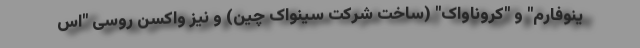
ینوفارم" و "کروناواک" (ساخت شرکت سینواک چین) و نیز واکسن روسی "اس